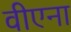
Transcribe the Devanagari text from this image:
वीएना